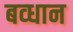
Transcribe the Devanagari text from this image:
बव्धान